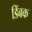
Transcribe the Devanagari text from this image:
डिंबक